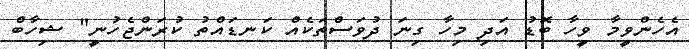
އެހެންވީމާ ވީހާ ބޮޑު އަދި މިހާ ގިނަ ދުވަސްތަކެއް ކަނޑައްތު ކުރަންޖެހުނީ" ޝިހާބް